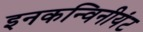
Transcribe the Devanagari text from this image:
इनकन्विनीयंट